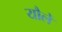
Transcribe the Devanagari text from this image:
यौलें